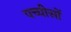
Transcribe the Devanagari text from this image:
पच्चीसों